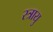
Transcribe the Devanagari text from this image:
स्त्रायु